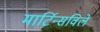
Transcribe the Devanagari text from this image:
मार्टिन्सविले